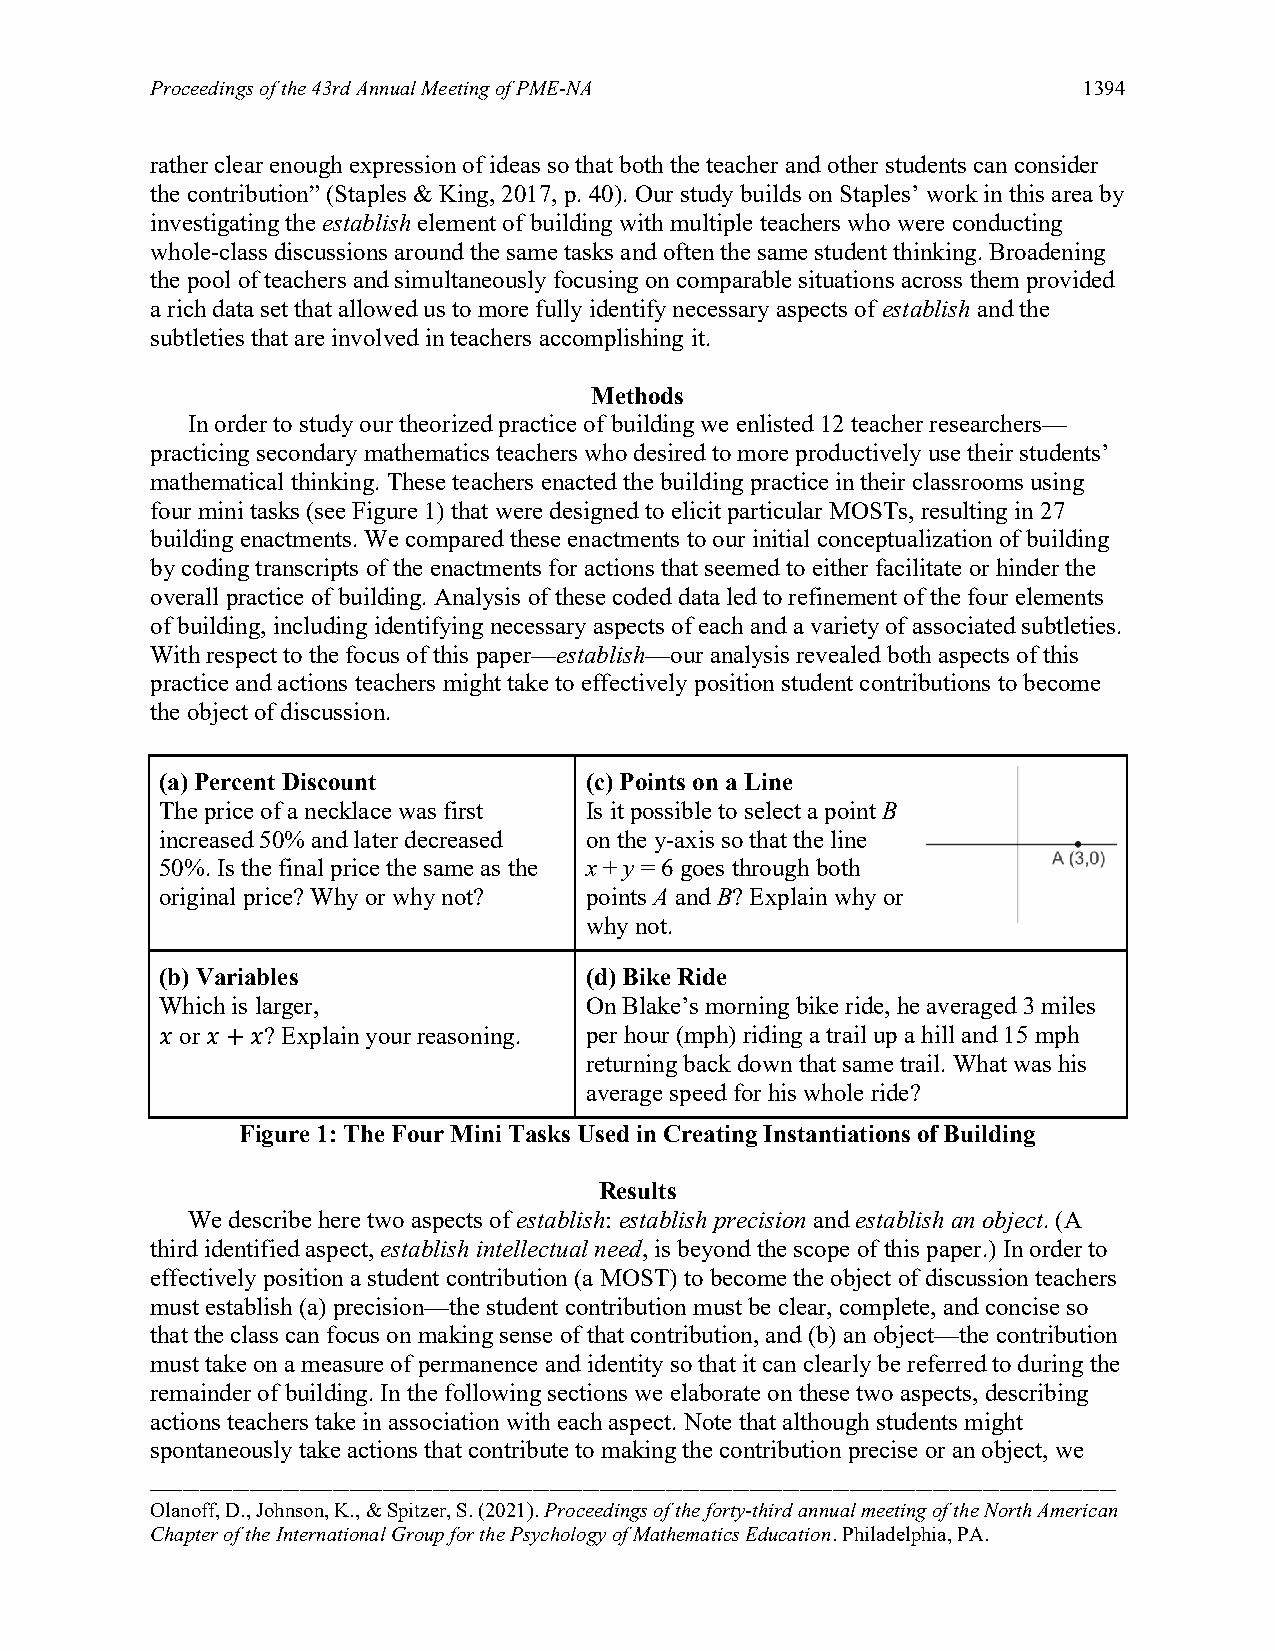
Proceedings of the 43rd Annual Meeting of PME-NA              1394
 rather clear enough expression of ideas so that both the teacher and other students can consider
 the contribution” (Staples & King, 2017, p. 40). Our study builds on Staples’ work in this area by
 investigating the establish element of building with multiple teachers who were conducting
 whole-class discussions around the same tasks and often the same student thinking. Broadening
 the pool of teachers and simultaneously focusing on comparable situations across them provided
 a rich data set that allowed us to more fully identify necessary aspects of establish and the
 subtleties that are involved in teachers accomplishing it.
 Methods
 In order to study our theorized practice of building we enlisted 12 teacher researchers—
 practicing secondary mathematics teachers who desired to more productively use their students’
 mathematical thinking. These teachers enacted the building practice in their classrooms using
 four mini tasks (see Figure 1) that were designed to elicit particular MOSTs, resulting in 27
 building enactments. We compared these enactments to our initial conceptualization of building
 by coding transcripts of the enactments for actions that seemed to either facilitate or hinder the
 overall practice of building. Analysis of these coded data led to refinement of the four elements
 of building, including identifying necessary aspects of each and a variety of associated subtleties.
 With respect to the focus of this paper—establish—our analysis revealed both aspects of this
 practice and actions teachers might take to effectively position student contributions to become
 the object of discussion.
 (a) Percent Discount        (c) Points on a Line
 The price of a necklace was first Is it possible to select a point B
 increased 50% and later decreased on the y-axis so that the line
 50%. Is the final price the same as the x + y = 6 goes through both
 original price? Why or why not? points A and B? Explain why or
 why not.
 (b) Variables               (d) Bike Ride
 Which is larger,            On Blake’s morning bike ride, he averaged 3 miles
 𝑥 or 𝑥+𝑥? Explain your reasoning. per hour (mph) riding a trail up a hill and 15 mph
 returning back down that same trail. What was his
 average speed for his whole ride?
 Figure 1: The Four Mini Tasks Used in Creating Instantiations of Building
 Results
 We describe here two aspects of establish: establish precision and establish an object. (A
 third identified aspect, establish intellectual need, is beyond the scope of this paper.) In order to
 effectively position a student contribution (a MOST) to become the object of discussion teachers
 must establish (a) precision—the student contribution must be clear, complete, and concise so
 that the class can focus on making sense of that contribution, and (b) an object—the contribution
 must take on a measure of permanence and identity so that it can clearly be referred to during the
 remainder of building. In the following sections we elaborate on these two aspects, describing
 actions teachers take in association with each aspect. Note that although students might
 spontaneously take actions that contribute to making the contribution precise or an object, we
 ——————————————————————————————————————————————————————————
 Olanoff, D., Johnson, K., & Spitzer, S. (2021). Proceedings of the forty-third annual meeting of the North American
 Chapter of the International Group for the Psychology of Mathematics Education. Philadelphia, PA.